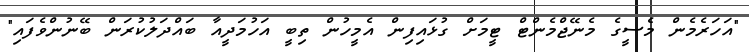
"އަހަރެމެން މެސީގެ މެނޭޖްމެންޓް ޓީމަށް ގުޅައިފިން އެމީހުން ތިބީ އަހުމަދީއާ ބައްދަލުކުރަން ބޭނުންވެފައި"